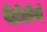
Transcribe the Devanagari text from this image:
पेंड़ोलीनो